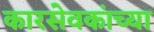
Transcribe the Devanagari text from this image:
कारसेवकांच्या